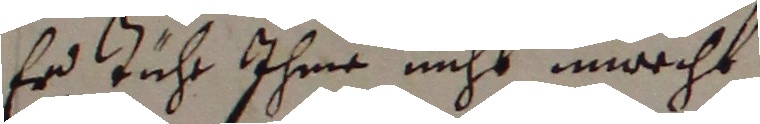
Er tühr ihme nicht unrecht.